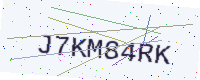
Text: J7KM84RK